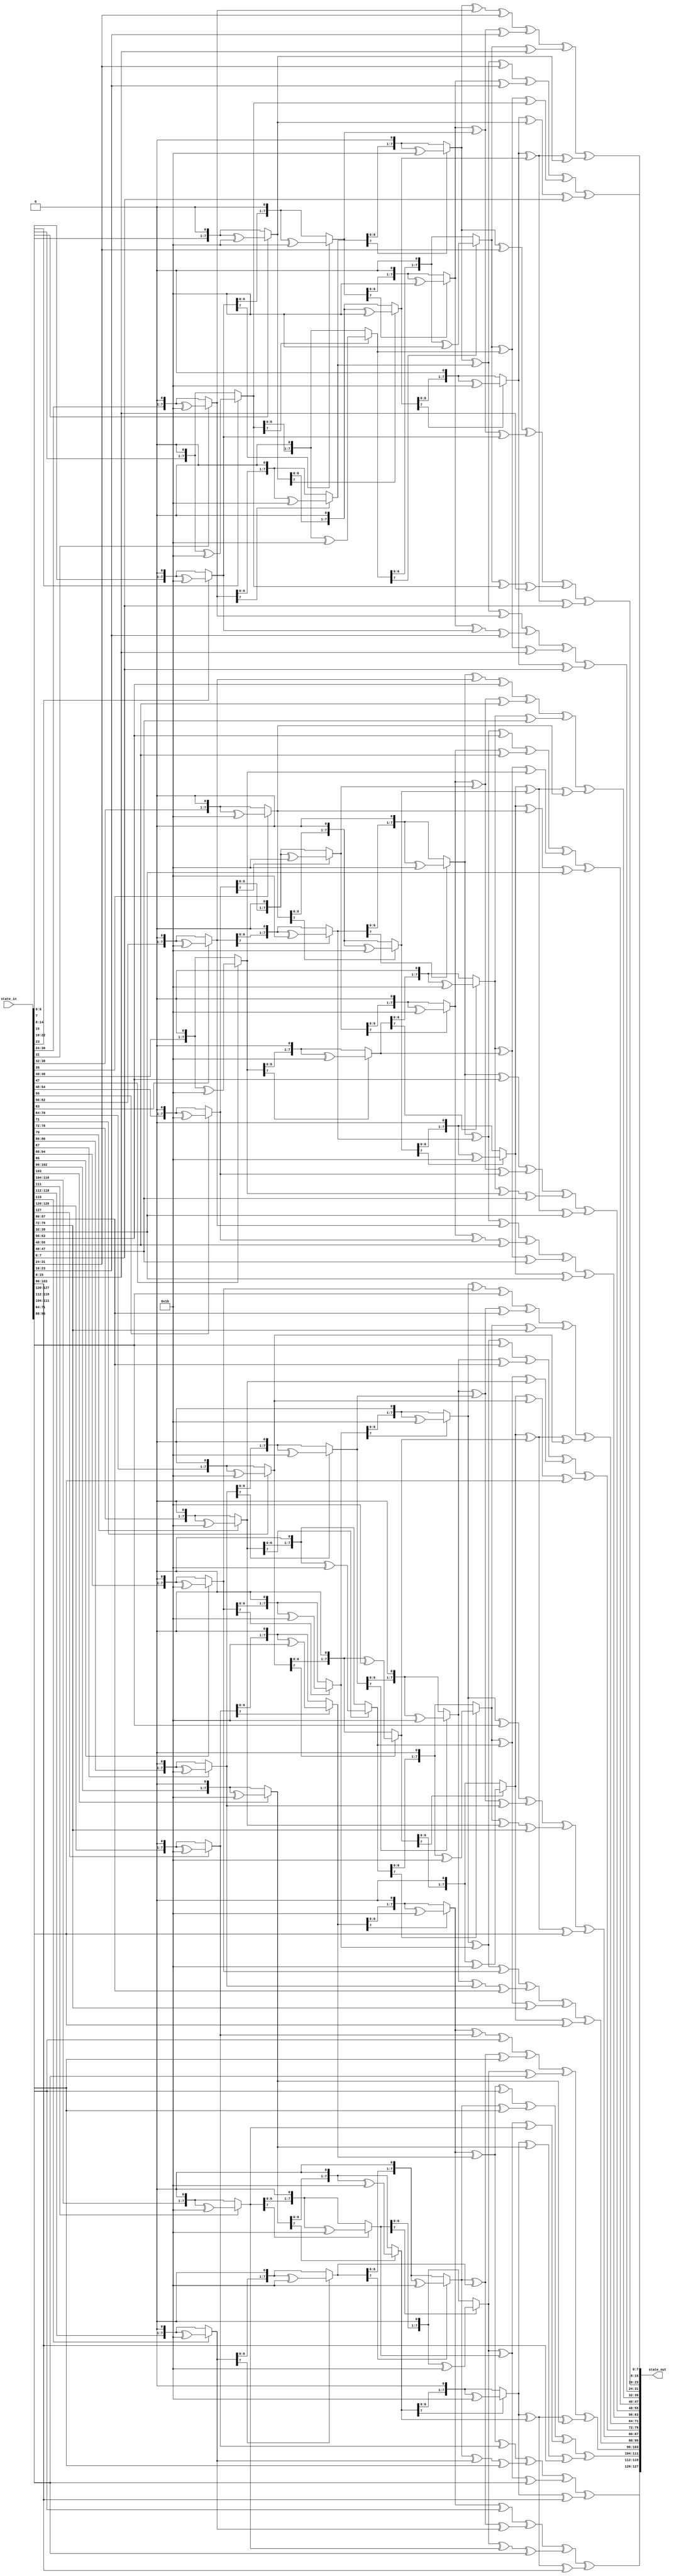
module InvMixColumns (state_in, state_out);
  input[0:127] state_in;
  output[0:127] state_out;

  function [7:0] mb2Reapeted;
    input[7:0] in;
    input integer n;
    integer i;

    begin
      for (i = 0 ; i<n ; i=i+1) begin
        if(in[7] == 1) in = ((in << 1) ^ 8'h1b);
        else in = in << 1; 
      end
      mb2Reapeted = in;
    end
  endfunction

  function [7:0]mb_09;
    input[7:0] in;
    mb_09 = mb2Reapeted(in, 3) ^ in;
  endfunction

  function [7:0]mb_0b;
    input[7:0] in;
    mb_0b = mb2Reapeted(in, 3) ^ mb2Reapeted(in, 1)^ in;
  endfunction

  function [7:0]mb_0d;
    input[7:0] in;
    mb_0d =  mb2Reapeted(in, 3) ^ mb2Reapeted(in, 2) ^ in;
  endfunction

  function [7:0]mb_0e;
      input[7:0] in;
      mb_0e = mb2Reapeted(in, 3) ^ mb2Reapeted(in, 2)^ mb2Reapeted(in, 1);
  endfunction

  genvar i;
  generate
    for ( i=0 ; i<4 ; i = i+1 ) begin : InvMx_loop
      assign state_out[(i*32)+:8] = mb_0e(state_in[(i*32)+:8]) ^ mb_0b(state_in[(i*32 + 8)+:8]) ^ mb_0d(state_in[(i*32 + 16)+:8]) ^ mb_09(state_in[(i*32 + 24)+:8]);
      assign state_out[(i*32 + 8)+:8] = mb_09(state_in[(i*32)+:8]) ^ mb_0e(state_in[(i*32 + 8)+:8]) ^ mb_0b(state_in[(i*32 + 16)+:8]) ^ mb_0d(state_in[(i*32 + 24)+:8]);
      assign state_out[(i*32 + 16)+:8] = mb_0d(state_in[(i*32)+:8]) ^ mb_09(state_in[(i*32 + 8)+:8]) ^ mb_0e(state_in[(i*32 + 16)+:8]) ^ mb_0b(state_in[(i*32 + 24)+:8]);
      assign state_out[(i*32 + 24)+:8] = mb_0b(state_in[(i*32)+:8]) ^ mb_0d(state_in[(i*32 + 8)+:8]) ^ mb_09(state_in[(i*32 + 16)+:8]) ^ mb_0e(state_in[(i*32 + 24)+:8]);
    end
  endgenerate
endmodule